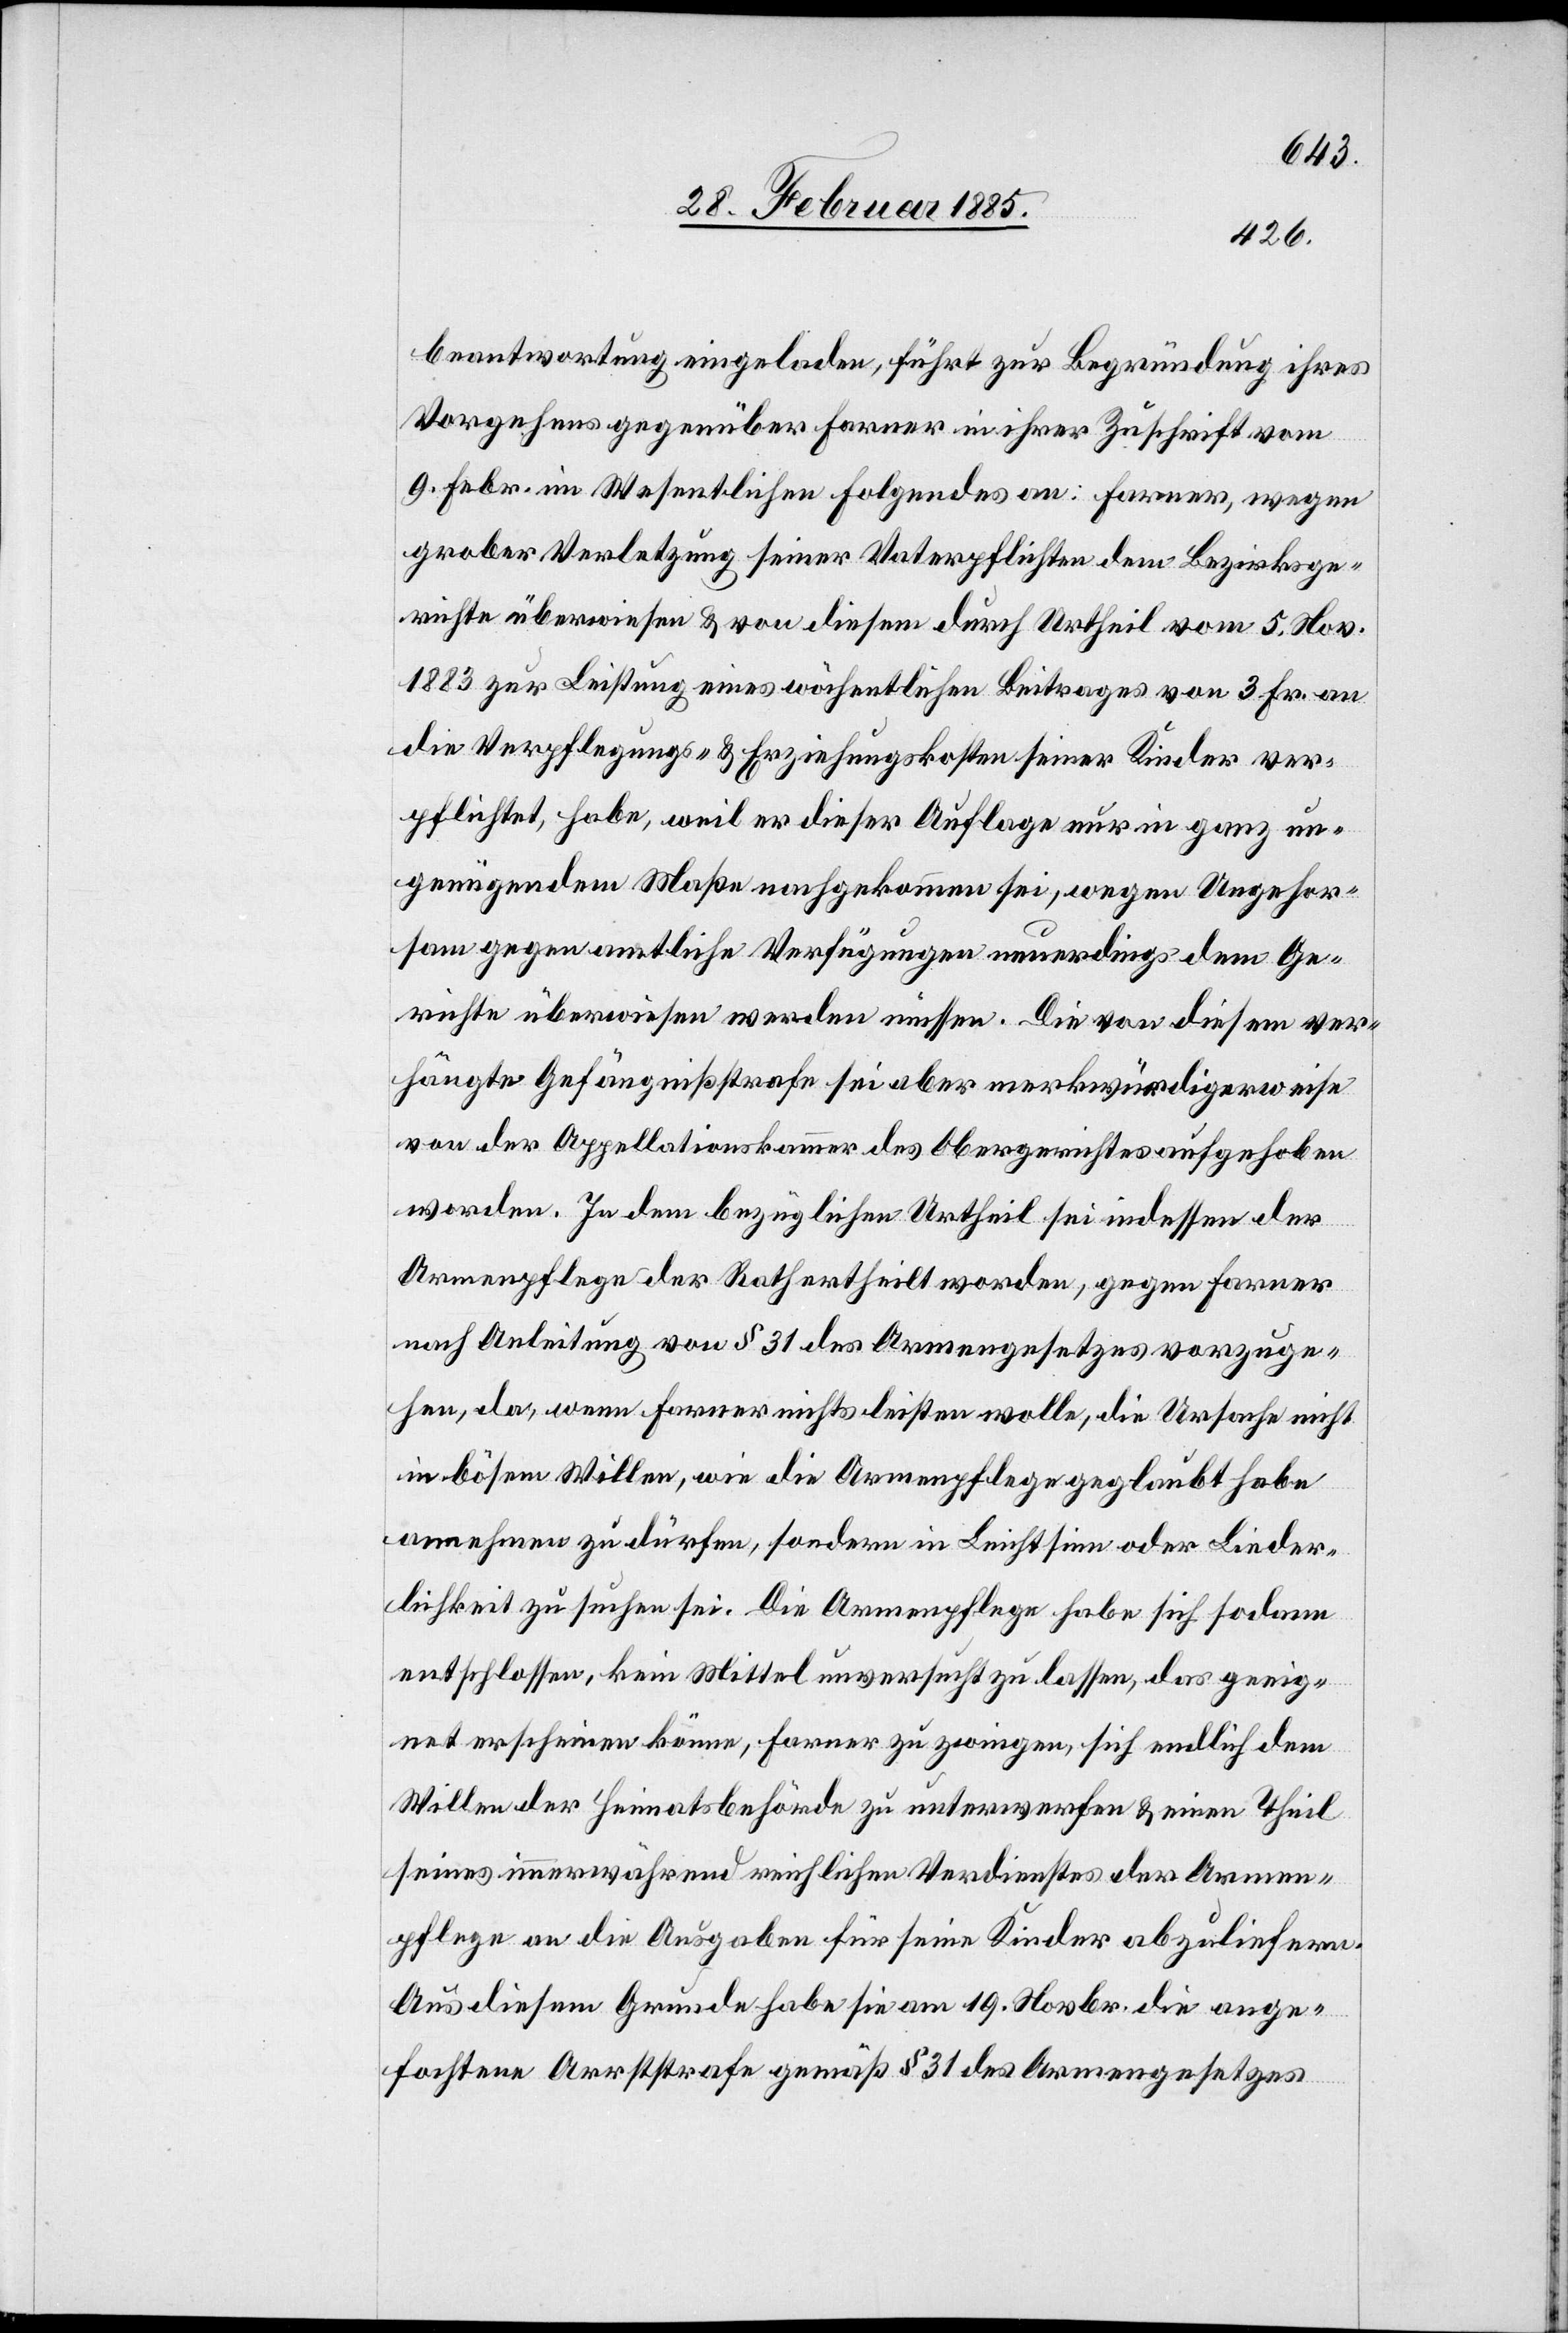
beantwortung eingeladen, führt zur Begründung ihres
Vorgehens gegenüber Farner in ihrer Zuschrift vom
9. Febr. im Wesentlichen folgendes an: Farner, wegen
grober Verletzung seiner Vaterpflichten dem Bezirksge¬
richte überwiesen & von diesem durch Urtheil vom 5. Nov.
1883 zur Leistung eines wöchentlichen Beitrages von 3 Fr. an
die Verpflegungs- & Erziehungskosten seiner Kinder ver¬
pflichtet, habe, weil er dieser Auflage nur in ganz un¬
genügenden Maße nachgekommen sei, wegen Ungehor¬
sam gegen amtliche Verfügungen neuerdings dem Ge¬
richte überwiesen werden müssen. Die von diesem ver¬
hängte Gefängnisstrafe sei aber merkwürdigerweise
von der Appellationskammer des Obergerichtes aufgehoben
worden. In dem bezüglichen Urtheil sei indessen der
Armenpflege der Rath ertheilt worden, gegen Farner
nach Anleitung von § 31 des Armengesetzes vorzuge¬
hen, da, wenn Farner nichts leisten wolle, die Ursache nicht
in bösem Willen, wie die Armenpflege geglaubt habe
annehmen zu dürfen, sondern in Leichtsinn oder Lieder¬
lichkeit zu suchen sei. Die Armenpflege habe sich sodann
entschlossen, kein Mittel unversucht zu lassen, das geeig¬
net erscheinen könne, Farner zu zwingen, sich endlich dem
Willen der Heimatsbehörde zu unterwerfen & einen Theil
seines immerwährenden reichlichen Verdienstes der Armen¬
pflege an die Ausgaben für seine Kinder abzuliefern.
Aus diesem Grunde habe sie am 19. Novbr. die ange¬
fochtene Arreststrafe gemäß § 31 des Armengesetzes